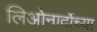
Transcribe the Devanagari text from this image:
लिओनार्दोच्या